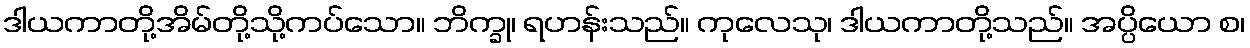
ဒါယကာတို့အိမ်တို့သို့ကပ်သော။ ဘိက္ခု၊ ရဟန်းသည်။ ကုလေသု၊ ဒါယကာတို့သည်။ အပ္ပိယော စ၊